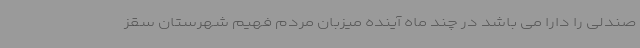
صندلی را دارا می باشد در چند ماه آینده میزبان مردم فهیم شهرستان سقز